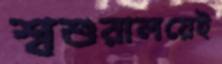
শ্বশুরালয়েই